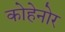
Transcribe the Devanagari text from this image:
कोहेनोर